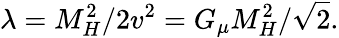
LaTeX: \lambda=M_{H}^{2}/2v^{2}=G_{\mu}M_{H}^{2}/\sqrt{2}.